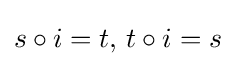
s\circ i=t,\,t\circ i=s